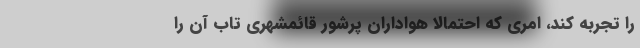
را تجربه کند، امری که احتمالاً هواداران پرشور قائمشهری تاب آن را